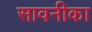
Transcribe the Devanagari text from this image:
सावनीका